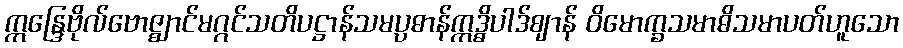
ဣန္ဒြေဗိုလ်ဗောဇ္ဈာင်မဂ္ဂင်သတိပဋ္ဌာန်သမပ္ပဓာန်ဣဒ္ဓိပါဒ်ဈာန် ဝိမောက္ခသမာဓိသမာပတ်ဟူသော